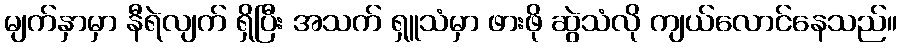
မျက်နှာမှာ နီရဲလျက် ရှိပြီး အသက် ရှူသံမှာ ဖားဖို ဆွဲသံလို ကျယ်လောင်နေသည်။